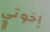
إخوتي